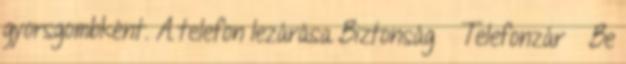
gyorsgombként. A telefon lezárása Biztonság → Telefonzár → Be